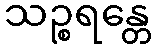
သဉ္စရန္တေ